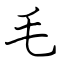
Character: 毛